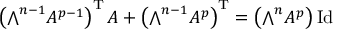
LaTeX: \left( { \textstyle \bigwedge } ^ { n - 1 } A ^ { p - 1 } \right) ^ { \mathrm { T } } A + \left( { \textstyle \bigwedge } ^ { n - 1 } A ^ { p } \right) ^ { \mathrm { T } } = \left( { \textstyle \bigwedge } ^ { n } A ^ { p } \right) \operatorname { I d }